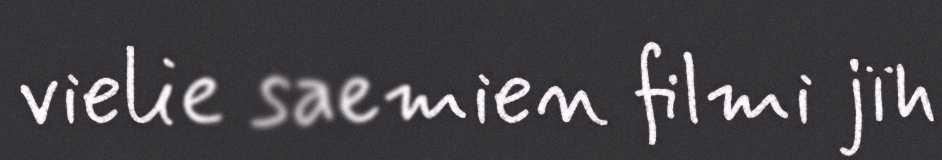
vielie saemien filmi jïh